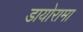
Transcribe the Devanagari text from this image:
डायोरामा